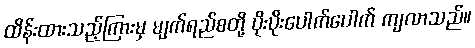
ထိန်းထားသည့်ကြားမှ မျက်ရည်စတို့ ပိုးပိုးပေါက်ပေါက် ကျလာသည်။